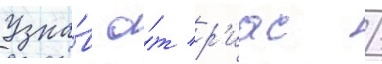
Узна́в о́т р'иас /